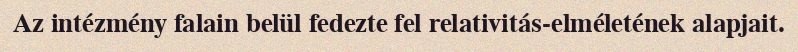
Az intézmény falain belül fedezte fel relativitás-elméletének alapjait.